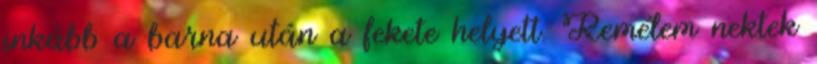
inkább a barna után a fekete helyett. Remélem nektek